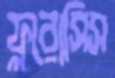
ফ্লুরোসিস